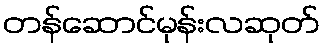
တန်ဆောင်မုန်းလဆုတ်